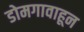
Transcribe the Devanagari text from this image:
डोमगावाहून